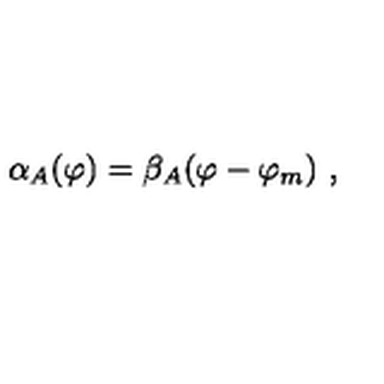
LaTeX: \alpha _ { A } ( \varphi ) = \beta _ { A } ( \varphi - \varphi _ { m } ) \ ,